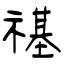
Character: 禥